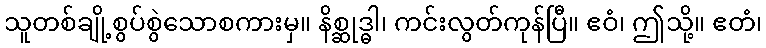
သူတစ်ချို့စွပ်စွဲသောစကားမှ။ နိစ္ဆုဒ္ဓါ၊ ကင်းလွတ်ကုန်ပြီ။ ဧဝံ၊ ဤသို့။ ဧတံ၊